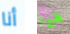
أنا هيا